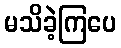
မသိခဲ့ကြပေ